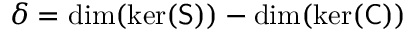
\delta = \dim ( \ker ( \mathsf { S } ) ) - \dim ( \ker ( \mathsf { C } ) )